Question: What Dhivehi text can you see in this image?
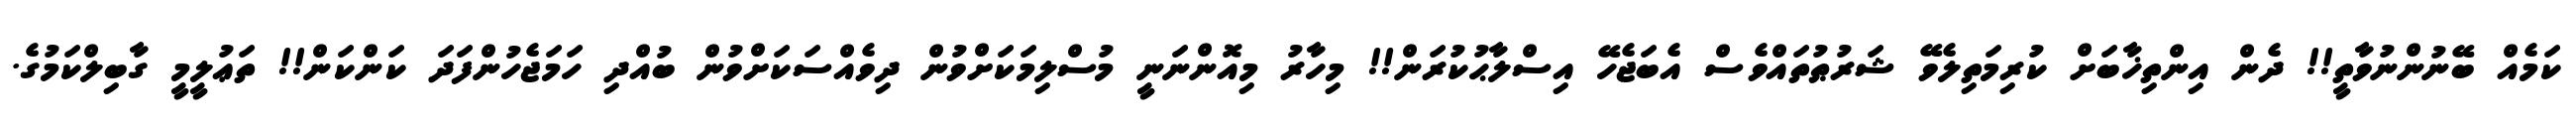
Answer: ކަމެއް ބޭނުންނުވާތީ!! ދެން އިންތިޚާބަށް ކުރިމަތިލެވޭ ޝަރުޠުތައްވެސް އެބަޖެހޭ އިސްލާޙުކުރަން!! މިހާރު މިއޮންނަނީ މުސްލިމަކަށްވުން ދިވެއްސަކަށްވުން ބުއްދި ހަމަޖެހުންފަދަ ކަންކަން!! ތަޢުލީމީ ގާބިލްކަމުގެ.